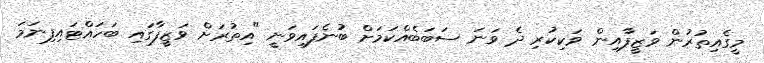
މީގެއިތުރުން ވަޒީފާއިން ވަކިކުރި ދެ ވަނަ ސަބަބެއްކަމަށް ބުނެފައިވަނީ "އިތުރަށް ވަޒީފާގައި ބަހައްޓައިފިނަމަ